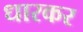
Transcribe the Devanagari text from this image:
धारकर